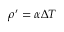
\rho ^ { \prime } = \alpha \Delta T